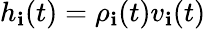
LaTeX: h_{\mathbf{i}}(t)=\rho_{\mathbf{i}}(t)v_{\mathbf{i}}(t)